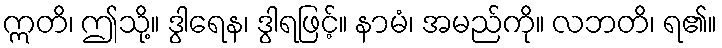
ဣတိ၊ ဤသို့။ ဒွါရေန၊ ဒွါရဖြင့်။ နာမံ၊ အမည်ကို။ လဘတိ၊ ရ၏။